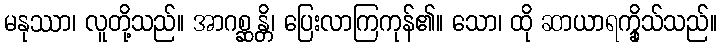
မနုဿာ၊ လူတို့သည်။ အာဂစ္ဆန္တိ၊ ပြေးလာကြကုန်၏။ သော၊ ထို ဆာယာရက္ခိုသ်သည်။